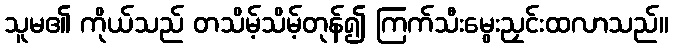
သူမ၏ ကိုယ်သည် တသိမ့်သိမ့်တုန်၍ ကြက်သီးမွေးညှင်းထလာသည်။